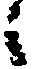
候